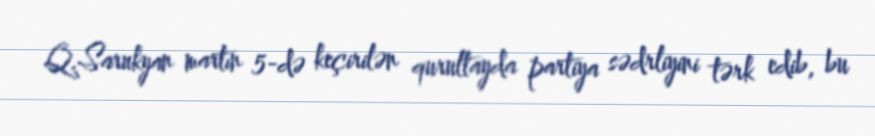
Q.Sarukyan martın 5-də keçirilən qurultayda partiya sədrliyini tərk edib, bu